Indian Medical Review
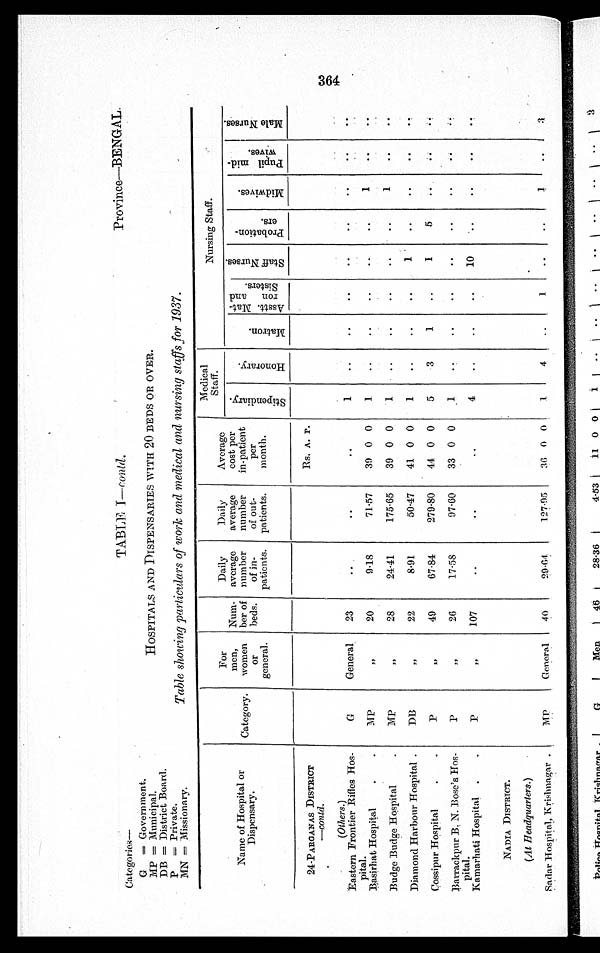
Categories—
TABLE I—contd.
Province—BENGAL.
G
= Government,
MP = Municipal.
HOSPITALS AND DISPENSARIES WITH 20 BEDS OR OVER.
DB = District Board.
P = Private.
MN = Missionary.
Table showing particulars of work and medical and nursing staffs for 1937.
Name of Hospital or
Dispensary.
Category.
For
men,
women
or
general.
Num-
ber of
beds.
Daily
average
number
of in-
patients.
Daily
average
number
of out-
patients.
Average
cost per
in-patient
per
month.
Medical
Staff.
Nursing Staff.
S t i p e n d i a r y
H o n o r a r y .
M a t r o n .
A s s t t . M a t -
r o n a n d
S i s t e r s .
S t a f f N u r s e s .
P r o b a t i o n -
e r s .
M i d w i v e s .
Pupi l mi d-
wives.
M a l e N u r s e s .
24-PARGANAS DISTRICT
—contd.
Rs. A. P.
(Others.)
Eastern Frontier Rifles Hos-
pital.
G
General
23
..
..
..
1
. .
. .
. .
. .
. .
. .
..
. .
Basirhat Hospital
MP
, ,
20
9·18
71·.57
39 0 0
1.
. .
. .
. .
..
..
1
..
..
Budge Budge Hospital
MP
, , 28
24·41
175·65
39 0 0
1
..
..
..
..
..
1
. .
. .
Diamond Harbour Hospital
DB
, , 22
8·91
50·47
41 0 0
1
..
..
..
1
..
..
. .
. .
Cossipur Hospital
P
, , 40
67·84
279·80
44 0 0
5
3
1
..
1
5
. .
. .
. .
Barrackpur. B. N. Bose's Hos-
pital.
P
, , 26
17·58
97·60
33 0 0
1
..
..
..
..
..
. .
. .
. .
Kamarhati Hospital
P
, , 107
..
..
..
4
..
..
..
10
. .
..
..
. .
NADIA DISTRICT.
(At Headquarters.)
Sadar Hospital, Krishnagar
MP
General
40
29·64
127·95
36 0 0
1
4
..
1
..
..
1
. .
3